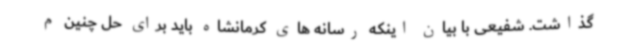
گذاشت. شفیعی با بیان اینکه رسانه های کرمانشاه باید برای حل چنین م